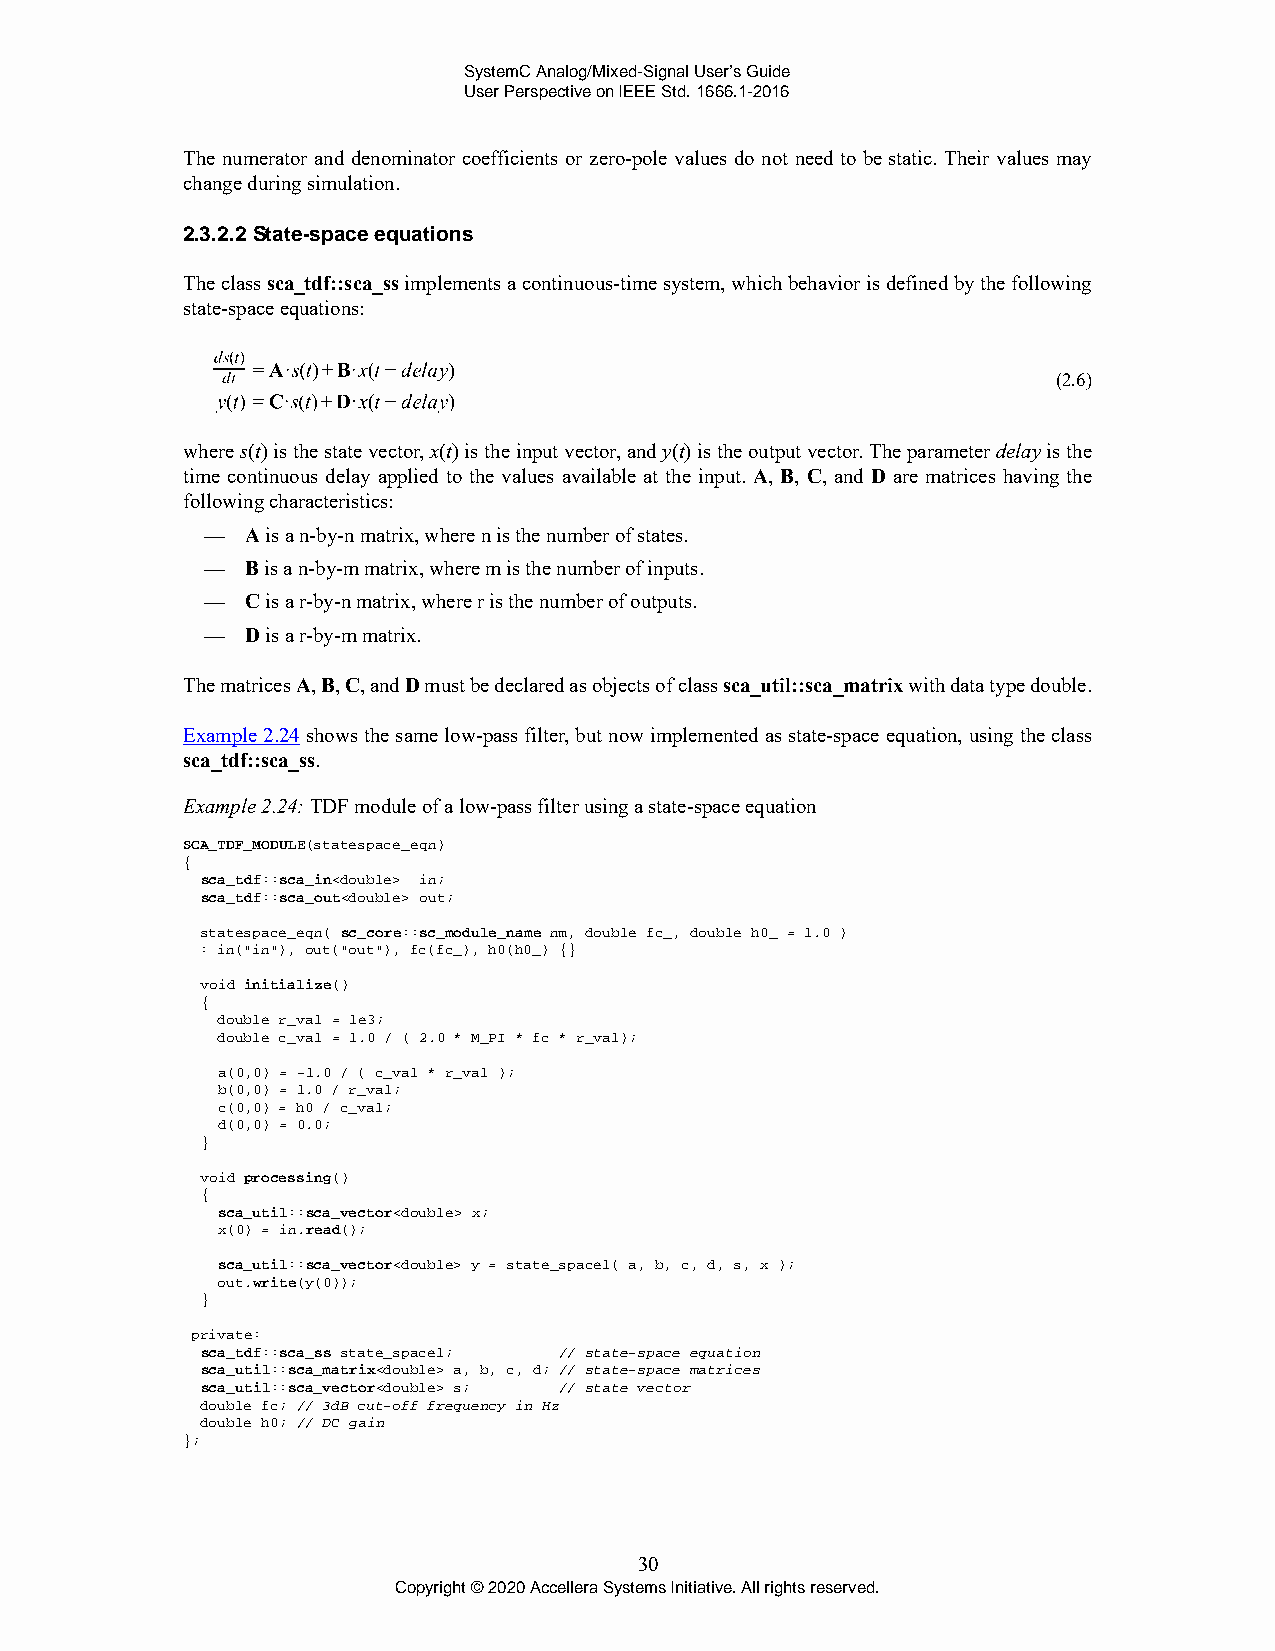
SystemC Analog/Mixed-Signal User’s Guide
 User Perspective on IEEE Std. 1666.1-2016
 The numerator and denominator coefficients or zero-pole values do not need to be static. Their values may
 change during simulation.
 2.3.2.2 State-space equations
 The class sca_tdf::sca_ss implements a continuous-time system, which behavior is defined by the following
 state-space equations:
 (2.6)
 where s(t) is the state vector, x(t) is the input vector, and y(t) is the output vector. The parameter delay is the
 time continuous delay applied to the values available at the input. A, B, C, and D are matrices having the
 following characteristics:
 —  A is a n-by-n matrix, where n is the number of states.
 —  B is a n-by-m matrix, where m is the number of inputs.
 —  C is a r-by-n matrix, where r is the number of outputs.
 —  D is a r-by-m matrix.
 The matrices A, B, C, and D must be declared as objects of class sca_util::sca_matrix with data type double.
 Example 2.24 shows the same low-pass filter, but now implemented as state-space equation, using the class
 sca_tdf::sca_ss.
 Example 2.24: TDF module of a low-pass filter using a state-space equation
 SCA_TDF_MODULE(statespace_eqn)
 {
 sca_tdf::sca_in<double> in;
 sca_tdf::sca_out<double> out;
 statespace_eqn( sc_core::sc_module_name nm, double fc_, double h0_ = 1.0 )
 : in("in"), out("out"), fc(fc_), h0(h0_) {}
 void initialize()
 {
 double r_val = 1e3;
 double c_val = 1.0 / ( 2.0 * M_PI * fc * r_val);
 a(0,0) = -1.0 / ( c_val * r_val );
 b(0,0) = 1.0 / r_val;
 c(0,0) = h0 / c_val;
 d(0,0) = 0.0;
 }
 void processing()
 {
 sca_util::sca_vector<double> x;
 x(0) = in.read();
 sca_util::sca_vector<double> y = state_space1( a, b, c, d, s, x );
 out.write(y(0));
 }
 private:
 sca_tdf::sca_ss state_space1; // state-space equation
 sca_util::sca_matrix<double> a, b, c, d; // state-space matrices
 sca_util::sca_vector<double> s; // state vector
 double fc; // 3dB cut-off frequency in Hz
 double h0; // DC gain
 };
 30
 Copyright © 2020 Accellera Systems Initiative. All rights reserved.